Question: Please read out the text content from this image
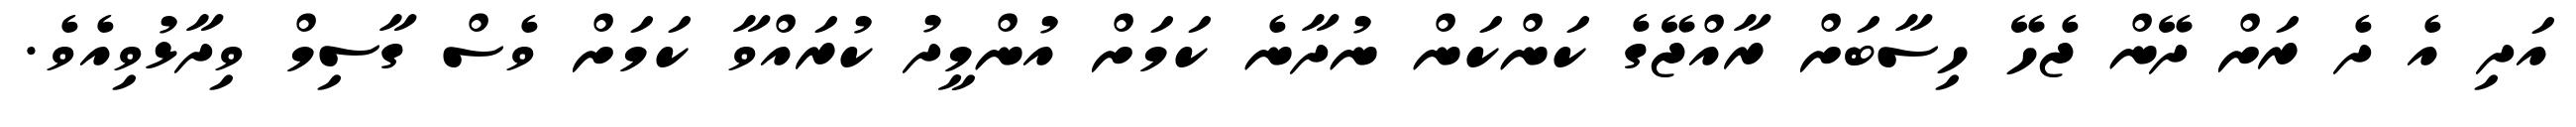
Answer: އަދި އެ ދެ ރަށް ދޭން ޖެހޭ ހިސާބަށް ރާއްޖޭގެ ކަންކަން ނުދާނެ ކަމަށް އުންމީދު ކުރައްވާ ކަމަށް ވެސް ގާސިމް ވިދާޅުވިއެވެ.